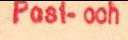
Post- och